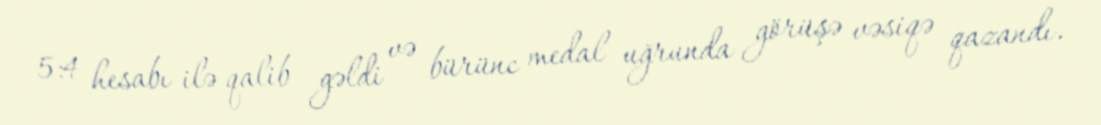
5:4 hesabı ilə qalib gəldi və bürünc medal uğrunda görüşə vəsiqə qazandı.